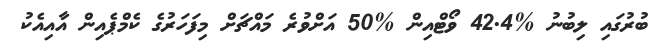
ބުރުގައި ލިބުނު %42.4 ވޯޓްއިން %50 އަށްވުރެ މައްޗަށް މިފަހަރުގެ ކެމްޕެއިން އާއިއެކު